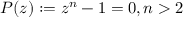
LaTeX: P ( z ) : = z ^ { n } - 1 = 0 , n > 2